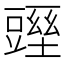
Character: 𧰁